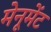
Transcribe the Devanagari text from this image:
मेनूमेंट